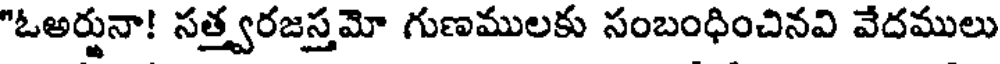
"ఓఅర్జునా! సత్త్వరజస్తమో గుణములకు సంబంధించినవి వేదములు